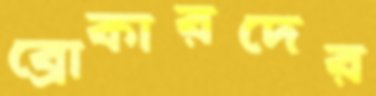
ব্রোকারদের